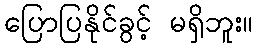
ပြောပြနိုင်ခွင့် မရှိဘူး။